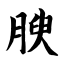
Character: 腴